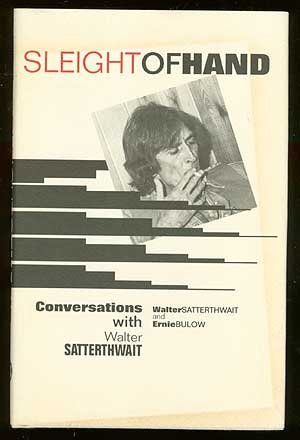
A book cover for Sleight of Hand: Conversations With Walter Satterthwait; Walter Satterthwait; Mystery, Thriller & Suspense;